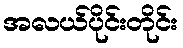
အလယ်ပိုင်းတိုင်း